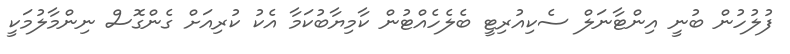
ފުލުހުން ބުނީ އިންޓާނަލް ސެކިއުރިޓީ ބެލެހެއްޓުން ކާމިޔާބުކަމާ އެކު ކުރިއަށް ގެންގޮސް ނިންމާލުމަކީ